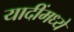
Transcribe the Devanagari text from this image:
यादींमध्ये